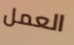
العمل